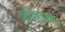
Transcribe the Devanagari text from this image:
क़्विनताना